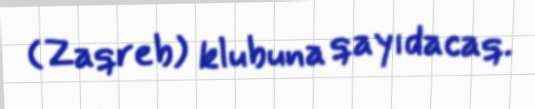
(Zaqreb) klubuna qayıdacaq.